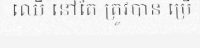
ឈើ នៅតែ ត្រូវបាន ប្រើ